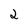
Character: 2